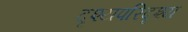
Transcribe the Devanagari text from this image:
दृश्यपरिदृश्य